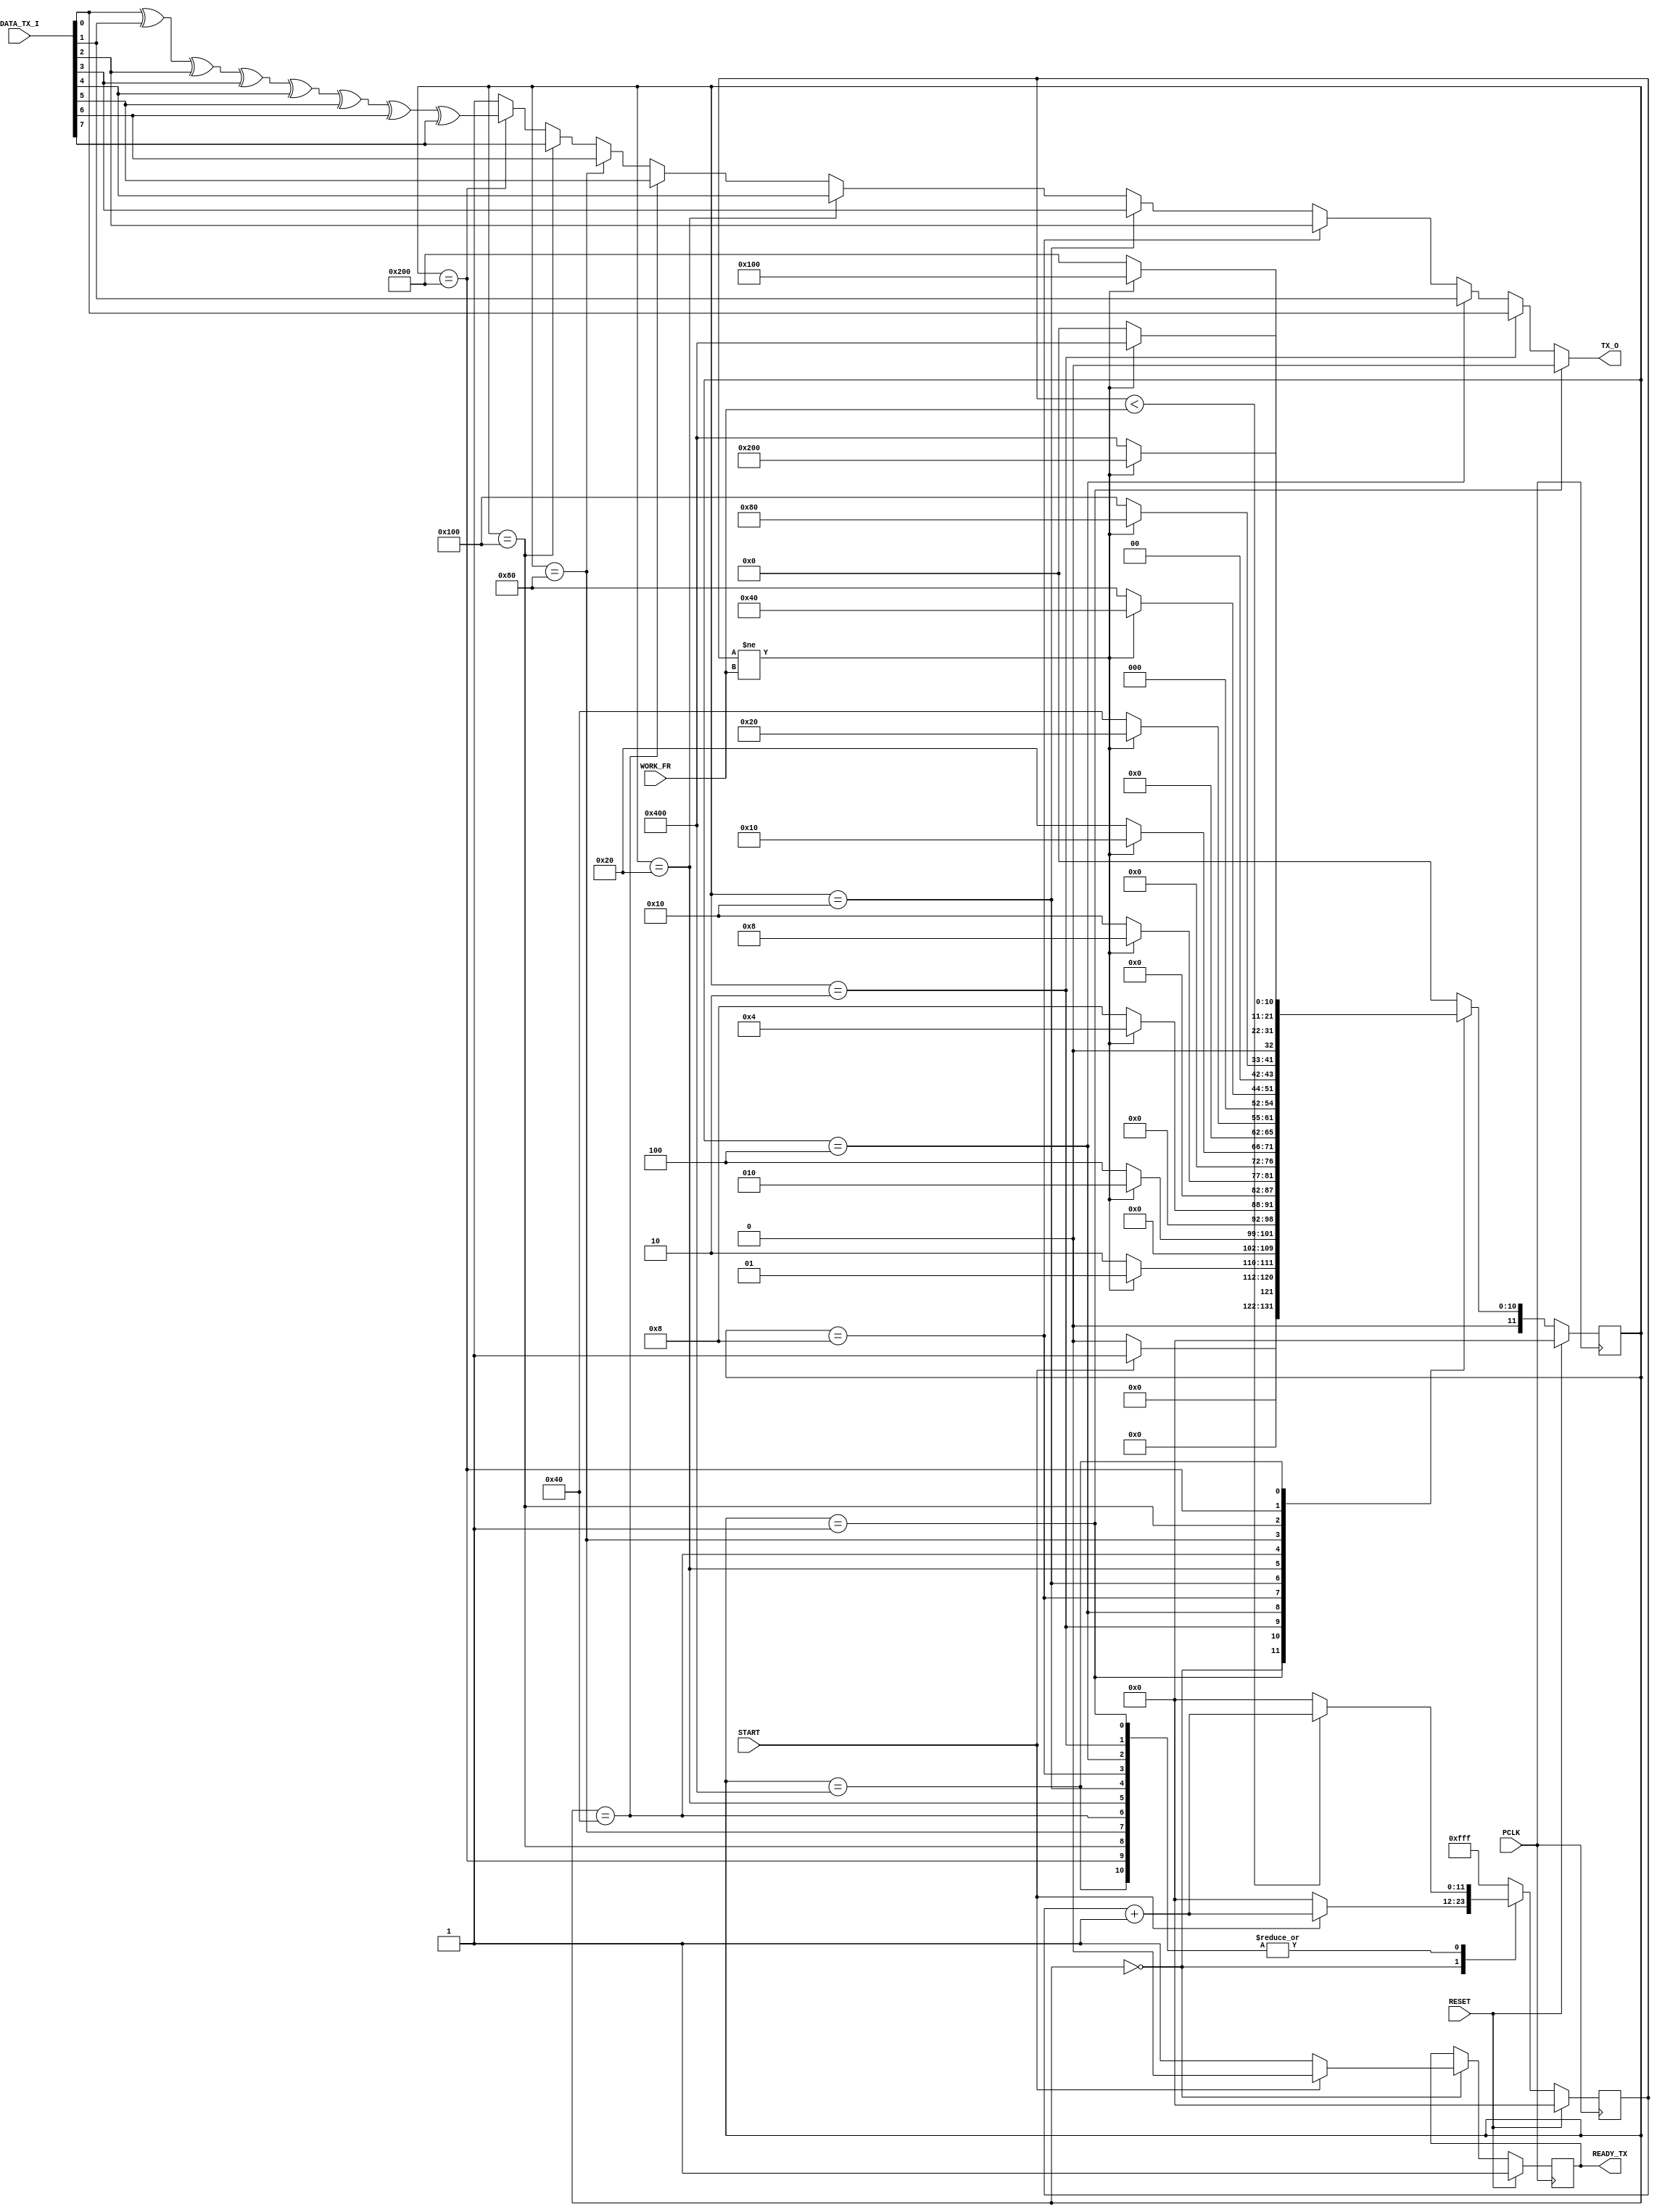

`timescale 1ns/1ns

module uart_tx#(
			parameter integer WIDTH = 12 
	       )
	      (
		input PCLK,
		input RESET,
		input [7:0] DATA_TX_I,
		input [11:0] WORK_FR,
		input START,
		output TX_O,
		output reg READY_TX
	      );

localparam [11:0] TX_IDLE   = 12'b0000_0000_0000,
	   	  TX_START  = 12'b0000_0000_0001,	
	   	  TX_BIT_1  = 12'b0000_0000_0010,
	   	  TX_BIT_2  = 12'b0000_0000_0100,
	   	  TX_BIT_3  = 12'b0000_0000_1000,
           	  TX_BIT_4  = 12'b0000_0001_0000,
	    	  TX_BIT_5  = 12'b0000_0010_0000,
	   	  TX_BIT_6  = 12'b0000_0100_0000,
             	  TX_BIT_7  = 12'b0000_1000_0000,
      	   	  TX_BIT_8  = 12'b0001_0000_0000,
	   	  TX_PARITY = 12'b0010_0000_0000,
	   	  TX_STOP   = 12'b0100_0000_0000;
	   
	reg [11:0] state_tx;
	reg [11:0] next_state_tx;

	reg [WIDTH-1:0] DELAY_COUNTER;
	




assign TX_O = (state_tx == TX_START)?1'b0:
	      (state_tx == TX_BIT_1)?DATA_TX_I[0:0]:
	      (state_tx == TX_BIT_2)?DATA_TX_I[1:1]:
	      (state_tx == TX_BIT_3)?DATA_TX_I[2:2]:
	      (state_tx == TX_BIT_4)?DATA_TX_I[3:3]:
	      (state_tx == TX_BIT_5)?DATA_TX_I[4:4]:
	      (state_tx == TX_BIT_6)?DATA_TX_I[5:5]:
	      (state_tx == TX_BIT_7)?DATA_TX_I[6:6]:
	      (state_tx == TX_BIT_8)?DATA_TX_I[7:7]:
	      (state_tx == TX_PARITY)?DATA_TX_I[0:0]^DATA_TX_I[1:1]^DATA_TX_I[2:2]^DATA_TX_I[3:3]^DATA_TX_I[4:4]^DATA_TX_I[5:5]^DATA_TX_I[6:6]^DATA_TX_I[7:7]:
	      (state_tx == TX_STOP)?1'b1:1'b1;

always@(*)
begin

	next_state_tx = state_tx;

	case(state_tx)
	TX_IDLE:
	begin
		if(START == 1'b0)
		begin
			next_state_tx = TX_IDLE;
		end
		else 
		begin
			next_state_tx = TX_START;
		end
	end
	TX_START:
	begin
		if(DELAY_COUNTER != WORK_FR)
		begin
			next_state_tx = TX_START;
		end
		else
		begin
			next_state_tx = TX_BIT_1;
		end
		
	end
	TX_BIT_1:
	begin
		if(DELAY_COUNTER != WORK_FR)
		begin
			next_state_tx = TX_BIT_1;
		end
		else
		begin
			next_state_tx = TX_BIT_2;
		end

	end
	TX_BIT_2:
	begin

		if(DELAY_COUNTER != WORK_FR)
		begin
			next_state_tx = TX_BIT_2;
		end
		else
		begin
			next_state_tx = TX_BIT_3;
		end

	end
	TX_BIT_3:
	begin

		if(DELAY_COUNTER != WORK_FR)
		begin
			next_state_tx = TX_BIT_3;
		end
		else
		begin
			next_state_tx = TX_BIT_4;
		end		
	end
	TX_BIT_4:
	begin

		if(DELAY_COUNTER != WORK_FR)
		begin
			next_state_tx = TX_BIT_4;
		end
		else
		begin
			next_state_tx = TX_BIT_5;
		end		
	end
	TX_BIT_5:
	begin

		if(DELAY_COUNTER != WORK_FR)
		begin
			next_state_tx = TX_BIT_5;
		end
		else
		begin
			next_state_tx = TX_BIT_6;
		end		
	end
	TX_BIT_6:
	begin

		if(DELAY_COUNTER != WORK_FR)
		begin
			next_state_tx = TX_BIT_6;
		end
		else
		begin
			next_state_tx = TX_BIT_7;
		end		
	end
	TX_BIT_7:
	begin

		if(DELAY_COUNTER != WORK_FR)
		begin
			next_state_tx = TX_BIT_7;
		end
		else
		begin
			next_state_tx = TX_BIT_8;
		end		
	end
	TX_BIT_8:
	begin

		if(DELAY_COUNTER != WORK_FR)
		begin
			next_state_tx = TX_BIT_8;
		end
		else
		begin
			next_state_tx = TX_PARITY;
		end		
	end
	TX_PARITY:
	begin

		if(DELAY_COUNTER != WORK_FR)
		begin
			next_state_tx = TX_PARITY;
		end
		else
		begin
			next_state_tx = TX_STOP;
		end		
	end
	TX_STOP:
	begin

		if(DELAY_COUNTER != WORK_FR)
		begin
			next_state_tx = TX_STOP;
		end
		else
		begin
			next_state_tx = TX_IDLE;
		end
				
	end
	default:
	begin
		next_state_tx = TX_IDLE;
	end
	endcase
end



always@(posedge PCLK)
begin
	if(RESET)
	begin
		READY_TX <= 1'b1;
		DELAY_COUNTER<= {WIDTH{1'b0}};
		state_tx <= TX_IDLE;
	end
	else
	begin
		state_tx <= next_state_tx;

		case(state_tx)
		TX_IDLE:
		begin
			if(START == 1'b0)
			begin
				READY_TX<= 1'b1;
				DELAY_COUNTER<= {WIDTH{1'b0}};	
			end
			else
			begin
				READY_TX<= 1'b0;
				DELAY_COUNTER <= DELAY_COUNTER + 1'b1;
			end
		end
		TX_START:
		begin
			if(DELAY_COUNTER < WORK_FR)
			begin
				DELAY_COUNTER <= DELAY_COUNTER + 1'b1;
			end
			else 
			begin
				DELAY_COUNTER<= {WIDTH{1'b0}};
			end
		end
		TX_BIT_1:
		begin
			if(DELAY_COUNTER < WORK_FR)
			begin
				DELAY_COUNTER <= DELAY_COUNTER + 1'b1;
			end
			else 
			begin
				DELAY_COUNTER<= {WIDTH{1'b0}};
			end
		end
		TX_BIT_2:
		begin
			if(DELAY_COUNTER < WORK_FR)
			begin
				DELAY_COUNTER <= DELAY_COUNTER + 1'b1;
			end
			else 
			begin
				DELAY_COUNTER<= {WIDTH{1'b0}};
			end
		end
		TX_BIT_3:
		begin
			if(DELAY_COUNTER < WORK_FR)
			begin
				DELAY_COUNTER <= DELAY_COUNTER + 1'b1;
			end
			else 
			begin
				DELAY_COUNTER<= {WIDTH{1'b0}};
			end
		end
		TX_BIT_4:
		begin
			if(DELAY_COUNTER < WORK_FR)
			begin
				DELAY_COUNTER <= DELAY_COUNTER + 1'b1;
			end
			else 
			begin
				DELAY_COUNTER<= {WIDTH{1'b0}};
			end
		end
		TX_BIT_5:
		begin
			if(DELAY_COUNTER < WORK_FR)
			begin
				DELAY_COUNTER <= DELAY_COUNTER + 1'b1;
			end
			else 
			begin
				DELAY_COUNTER<= {WIDTH{1'b0}};
			end
		end
		TX_BIT_6:
		begin
			if(DELAY_COUNTER < WORK_FR)
			begin
				DELAY_COUNTER <= DELAY_COUNTER + 1'b1;
			end
			else 
			begin
				DELAY_COUNTER<= {WIDTH{1'b0}};
			end
		end
		TX_BIT_7:
		begin
			if(DELAY_COUNTER < WORK_FR)
			begin
				DELAY_COUNTER <= DELAY_COUNTER + 1'b1;
			end
			else 
			begin
				DELAY_COUNTER<= {WIDTH{1'b0}};
			end
		end
		TX_BIT_8:
		begin
			if(DELAY_COUNTER < WORK_FR)
			begin
				DELAY_COUNTER <= DELAY_COUNTER + 1'b1;
			end
			else 
			begin
				DELAY_COUNTER <= {WIDTH{1'b0}};
			end
		end
		TX_PARITY:
		begin
			if(DELAY_COUNTER < WORK_FR)
			begin
				DELAY_COUNTER <= DELAY_COUNTER + 1'b1;
			end
			else 
			begin
				DELAY_COUNTER <= {WIDTH{1'b0}};
			end
		end
		TX_STOP:
		begin
			if(DELAY_COUNTER < WORK_FR)
			begin
				DELAY_COUNTER <= DELAY_COUNTER + 1'b1;
			end
			else 
			begin
				DELAY_COUNTER<= {WIDTH{1'b0}};
			end
		end
		default:
		begin
			DELAY_COUNTER<= {WIDTH{1'b1}};
		end
		endcase
	end
end


endmodule